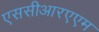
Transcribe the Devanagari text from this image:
एससीआरएएम